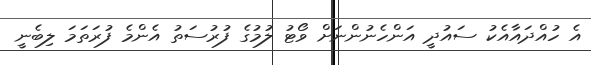
އެ ހުއްދައާއެކު ސައުދީ އަންހެނުންނަށް ވޯޓު ލުމުގެ ފުރުސަތު އެންމެ ފުރަތަމަ ލިބެނީ